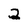
Character: 2